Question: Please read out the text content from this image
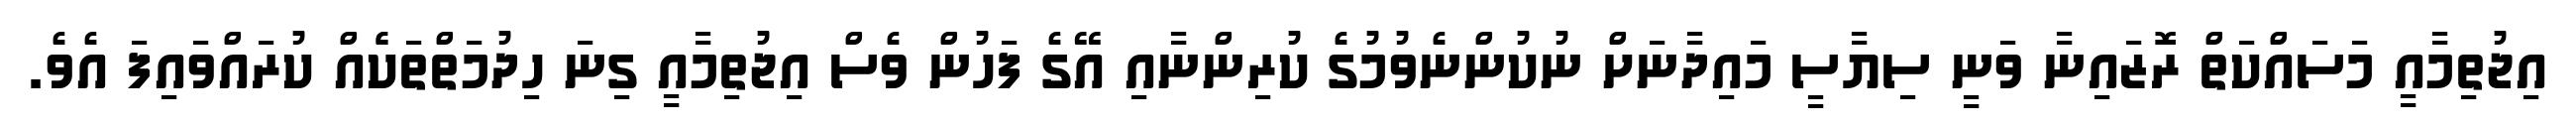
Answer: އިޖުތިމާއީ މަސައްކަތް ރޮޒައިނާ ވަނީ ސިޔާސީ މައިދާނަށް ނުކުންނެވުމުގެ ކުރިންނާއި އޭގެ ފަހުން ވެސް އިޖުތިމާއީ ގިނަ ހިދުމަތްތަކެެއް ކުރައްވައިފަ އެވެ.